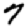
Digit: 7